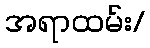
အရာထမ်း/